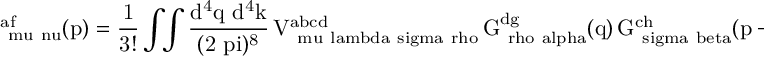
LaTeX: \mathrm { \Pi _ { \ m u \ n u } ^ { a f } ( p ) = \frac 1 { 3 ! } \int \! \! \int \frac { d ^ { 4 } q ~ d ^ { 4 } k } { ( 2 \ p i ) ^ { 8 } } \, V _ { \ m u \ l a m b d a \ s i g m a \ r h o } ^ { a b c d } \, G _ { \ r h o \ a l p h a } ^ { d g } ( q ) \, G _ { \ s i g m a \ b e t a } ^ { c h } ( p - k - q ) \, G _ { \ l a m b d a \ x i } ^ { b e } ( k ) \, V _ { \ a l p h a \ b e t a \ x i \ n u } ^ { g h e f } ~ , }